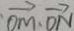
\overrightarrow { O M } \cdot \overrightarrow { D N }